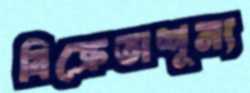
বিক্রেতাশূন্য